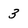
Character: 3